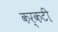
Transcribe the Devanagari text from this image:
कर्कटी